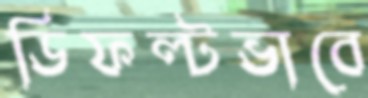
ডিফল্টভাবে